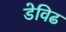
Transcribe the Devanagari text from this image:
डेविढ